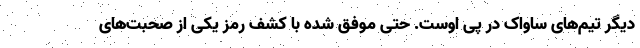
دیگر تیم‌های ساواک در پی اوست. حتی موفق شده با کشف رمز یکی از صحبت‌های